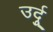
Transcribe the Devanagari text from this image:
उर्दुू